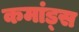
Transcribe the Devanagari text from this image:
कमांड्‌स